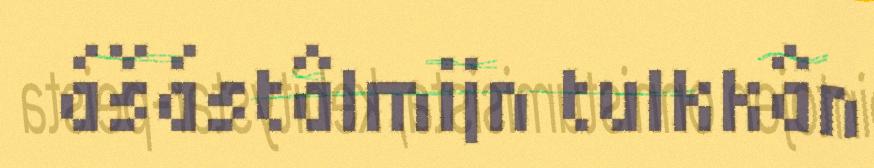
ášástâlmijn tulkkân